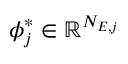
\boldsymbol { \phi } _ { j } ^ { \ast } \in \mathbb { R } ^ { N _ { E , j } }